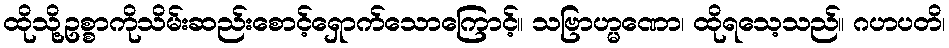
ထိုသို့ဥစ္စာကိုသိမ်းဆည်းစောင့်ရှောက်သောကြောင့်။ သဗြာဟ္မဏော၊ ထိုရသေ့သည်။ ဂဟပတိ၊